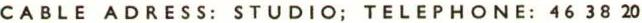
CABLE ADRESS: STUDIO; TELEPHONE: 46 38 20